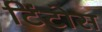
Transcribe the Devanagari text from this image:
टिंटोस